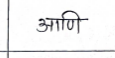
मजकूर: आणि